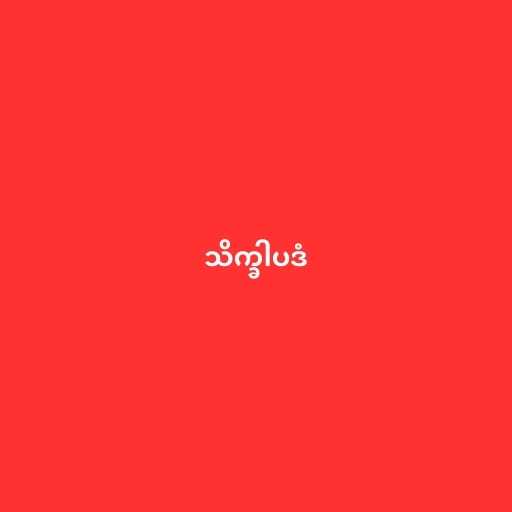
သိက္ခါပဒံ